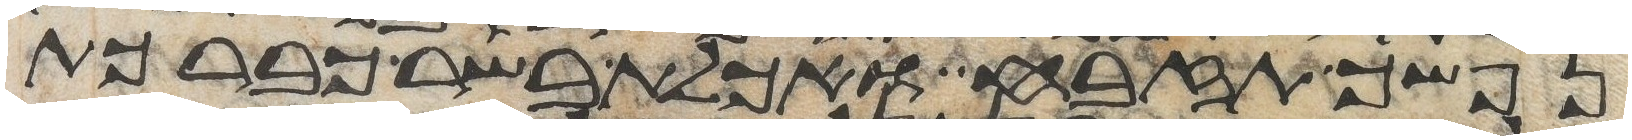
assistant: נפשך תזבח ואכלת בשר כברכת